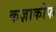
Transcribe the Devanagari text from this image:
कज़ाकोफ